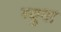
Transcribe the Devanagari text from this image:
ग्युना